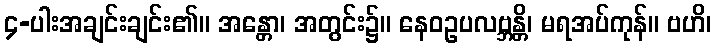
၄-ပါးအချင်းချင်း၏။ အန္တော၊ အတွင်း၌။ နေဝဥပလဗ္ဘန္တိ၊ မရအပ်ကုန်။ ဗဟိ၊